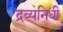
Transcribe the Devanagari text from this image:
द्रव्यनिधी